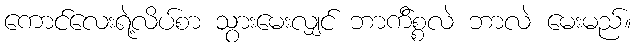
ကောင်လေးရဲ့လိပ်စာ သွားမေးလျှင် ဘာက်ိစ္စလဲ ဘာလဲ မေးမည်။